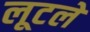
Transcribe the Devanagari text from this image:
लूटले